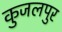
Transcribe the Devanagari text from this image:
कुजलपुर